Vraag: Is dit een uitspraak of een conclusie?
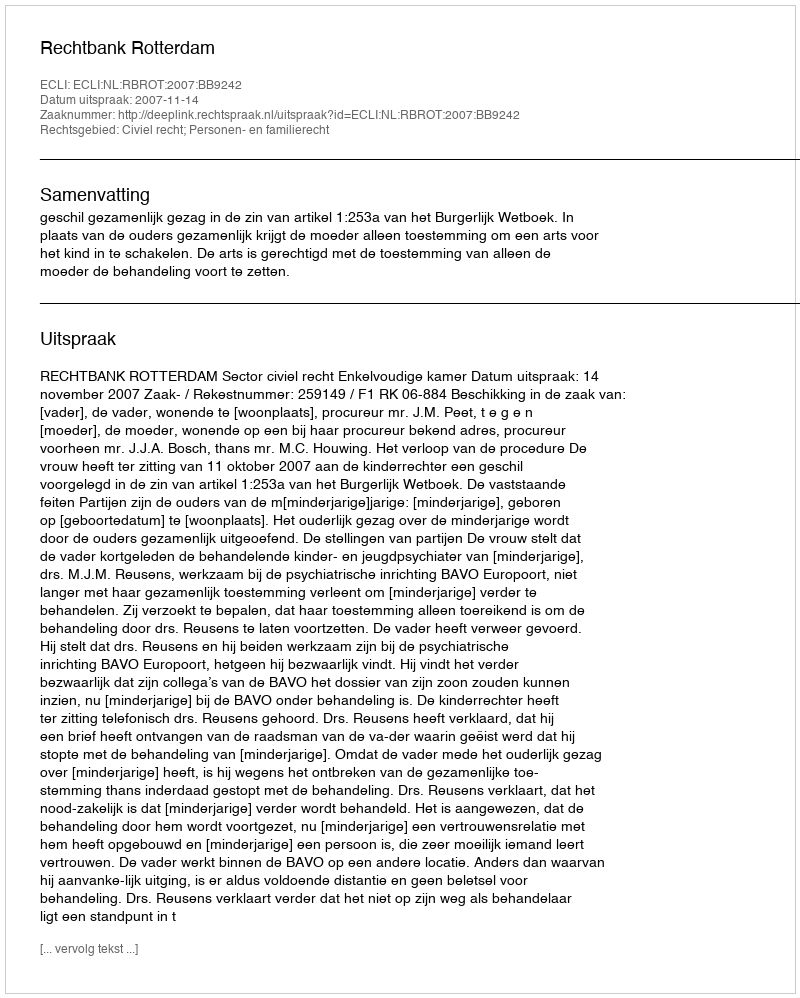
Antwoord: Uitspraak